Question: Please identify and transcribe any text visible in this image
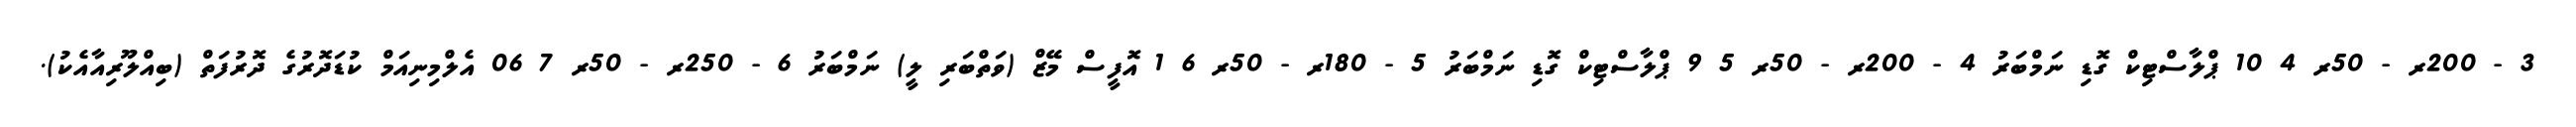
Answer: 3 - 200ރ - 50ރ 4 10 ޕްލާސްޓިކް ގޮޑި ނަމްބަރު 4 - 200ރ - 50ރ 5 9 ޕްލާސްޓިކް ގޮޑި ނަމްބަރު 5 - 180ރ - 50ރ 6 1 އޮފީސް މޭޒް (ވަތްބަރި ލީ) ނަމްބަރު 6 - 250ރ - 50ރ 7 06 އެލްމިނިއަމް ކުޑަދޮރުގެ ދޮރުފަތް (ބިއްލޫރިއާއެކު).